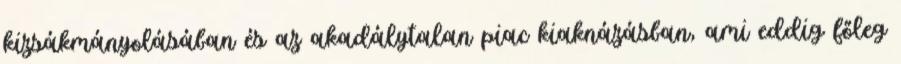
kizsákmányolásában és az akadálytalan piac kiaknázásban, ami eddig főleg